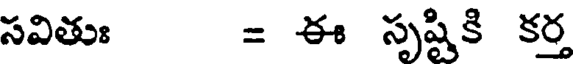
సవితుః = ఈ సృష్టికి కర్త